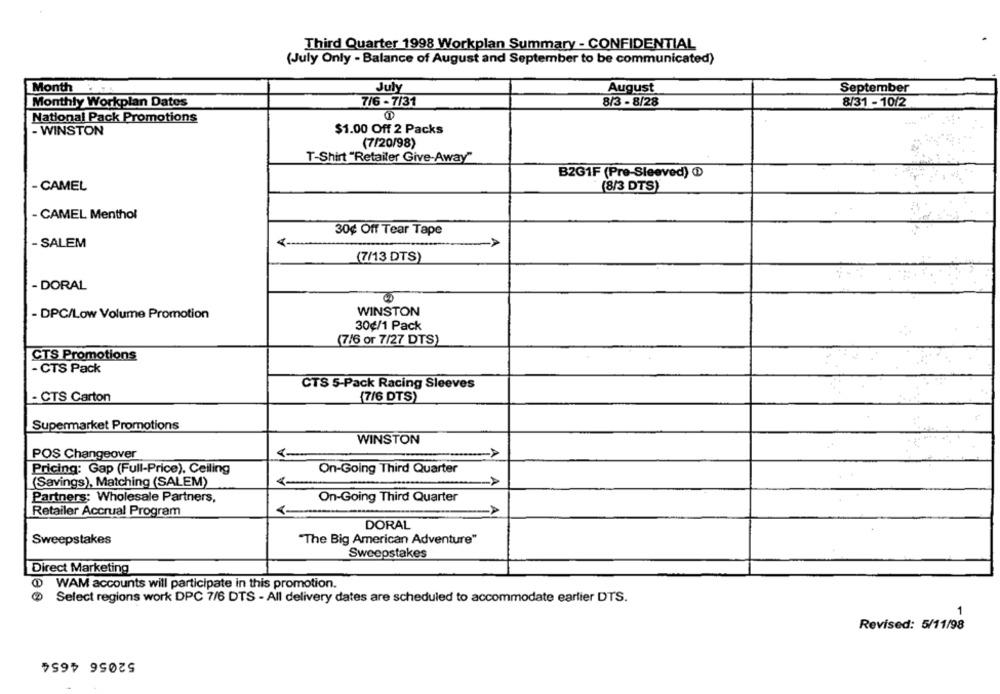
Third Quarter 1998 Workplan Summary - CONFIDENTIAL
(July Only - Balance of August and September to be communicated)
Month
July
August
September
Monthly Workplan Dates
7/6 - 7/31
8/3 - 8/28
8/31 - 10/2
National Pack Promotions
- WINSTON
$1.00 Off 2 Packs
(7/20/98)
T-Shirt "Retailer Give-Away"
B2G1F (Pre-Sleeved) @
- CAMEL
(8/3 DTS)
- CAMEL Menthol
A
30¢ Off Tear Tape
- SALEM
(7/13 DTS)
- DORAL
WINSTON
- DPC/Low Volume Promotion
30¢/1 Pack
(7/6 or 7/27 DTS)
CTS Promotions
- CTS Pack
CTS 5-Pack Racing Sleeves
- CTS Carton
(7/6 DTS)
Supermarket Promotions
WINSTON
POS Changeover
Pricing: Gap (Full-Price), Ceiling
On-Going Third Quarter
<-
(Savings), Matching (SALEM)
Partners: Wholesale Partners,
On-Going Third Quarter
Retailer Accrual Program
DORAL
Sweepstakes
"The Big American Adventure"
Sweepstakes
Direct Marketing
WAM accounts will participate in this promotion.
Select regions work DPC 7/6 DTS - All delivery dates are scheduled to accommodate earlier DTS.
1
Revised: 5/11/98
52056 4654